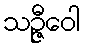
သဉ္ဇီဝေါ